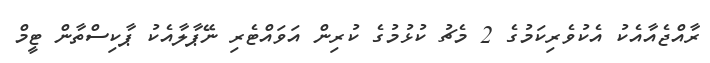
ރާއްޖެއާއެކު އެކުވެރިކަމުގެ 2 މެޗު ކުޅުމުގެ ކުރިން އަވައްޓެރި ނޭޕާލާއެކު ޕާކިސްތާން ޓީމް